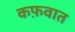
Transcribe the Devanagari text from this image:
कफ़वात